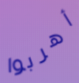
أهربوا